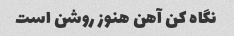
نگاه کن آهن هنوز روشن است